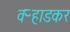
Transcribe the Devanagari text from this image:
वऱ्हाडकर